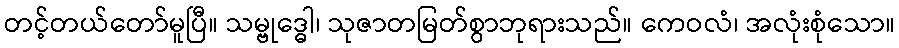
တင့်တယ်တော်မူပြီ။ သမ္ဗုဒ္ဓေါ၊ သုဇာတမြတ်စွာဘုရားသည်။ ကေဝလံ၊ အလုံးစုံသော။